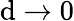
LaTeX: \mathrm{d}\rightarrow0